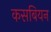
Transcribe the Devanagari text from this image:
कसबियन